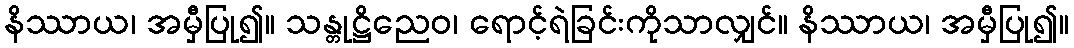
နိဿာယ၊ အမှီပြု၍။ သန္တုဋ္ဌိညေဝ၊ ရောင့်ရဲခြင်းကိုသာလျှင်။ နိဿာယ၊ အမှီပြု၍။